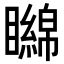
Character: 矊